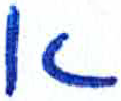
אות: א